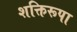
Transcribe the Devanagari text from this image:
शक्तिरूपा